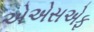
એએસએફ